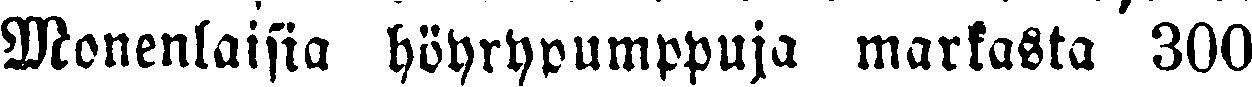
Monenlaisia höyrypumppuja markasta 300